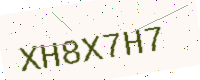
Text: XH8X7H7